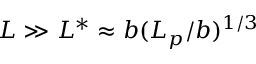
L \gg L ^ { * } \approx b ( L _ { p } / b ) ^ { 1 / 3 }